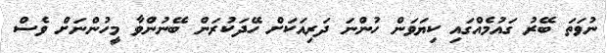
ނުވަތަ ބޭރު ގައުމެއްގައި ކިޔަވަން ހުންނަ ދަރިއަކަށް ހޭދަކުރަން ބޭނުންވާ މީހުންނަށް ވެސް